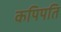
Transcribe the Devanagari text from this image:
कपिपति